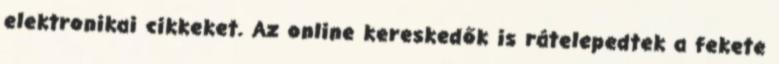
elektronikai cikkeket. Az online kereskedők is rátelepedtek a fekete